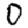
Digit: 0